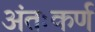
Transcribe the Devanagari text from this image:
अंतःकर्ण